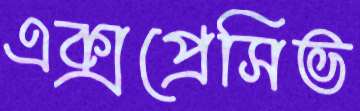
এক্সপ্রেসিভ